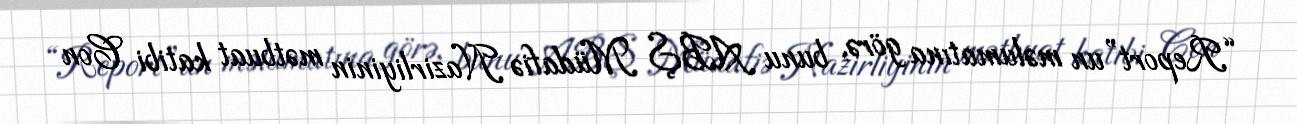
“Report”un məlumatına görə, bunu ABŞ Müdafiə Nazirliyinin mətbuat katibi Con